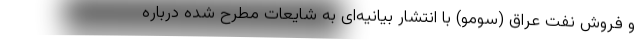
و فروش نفت عراق (سومو) با انتشار بیانیه‌ای به شایعات مطرح شده درباره